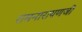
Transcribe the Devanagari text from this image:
रामनारायणजी